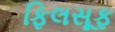
ફિલસૂફ